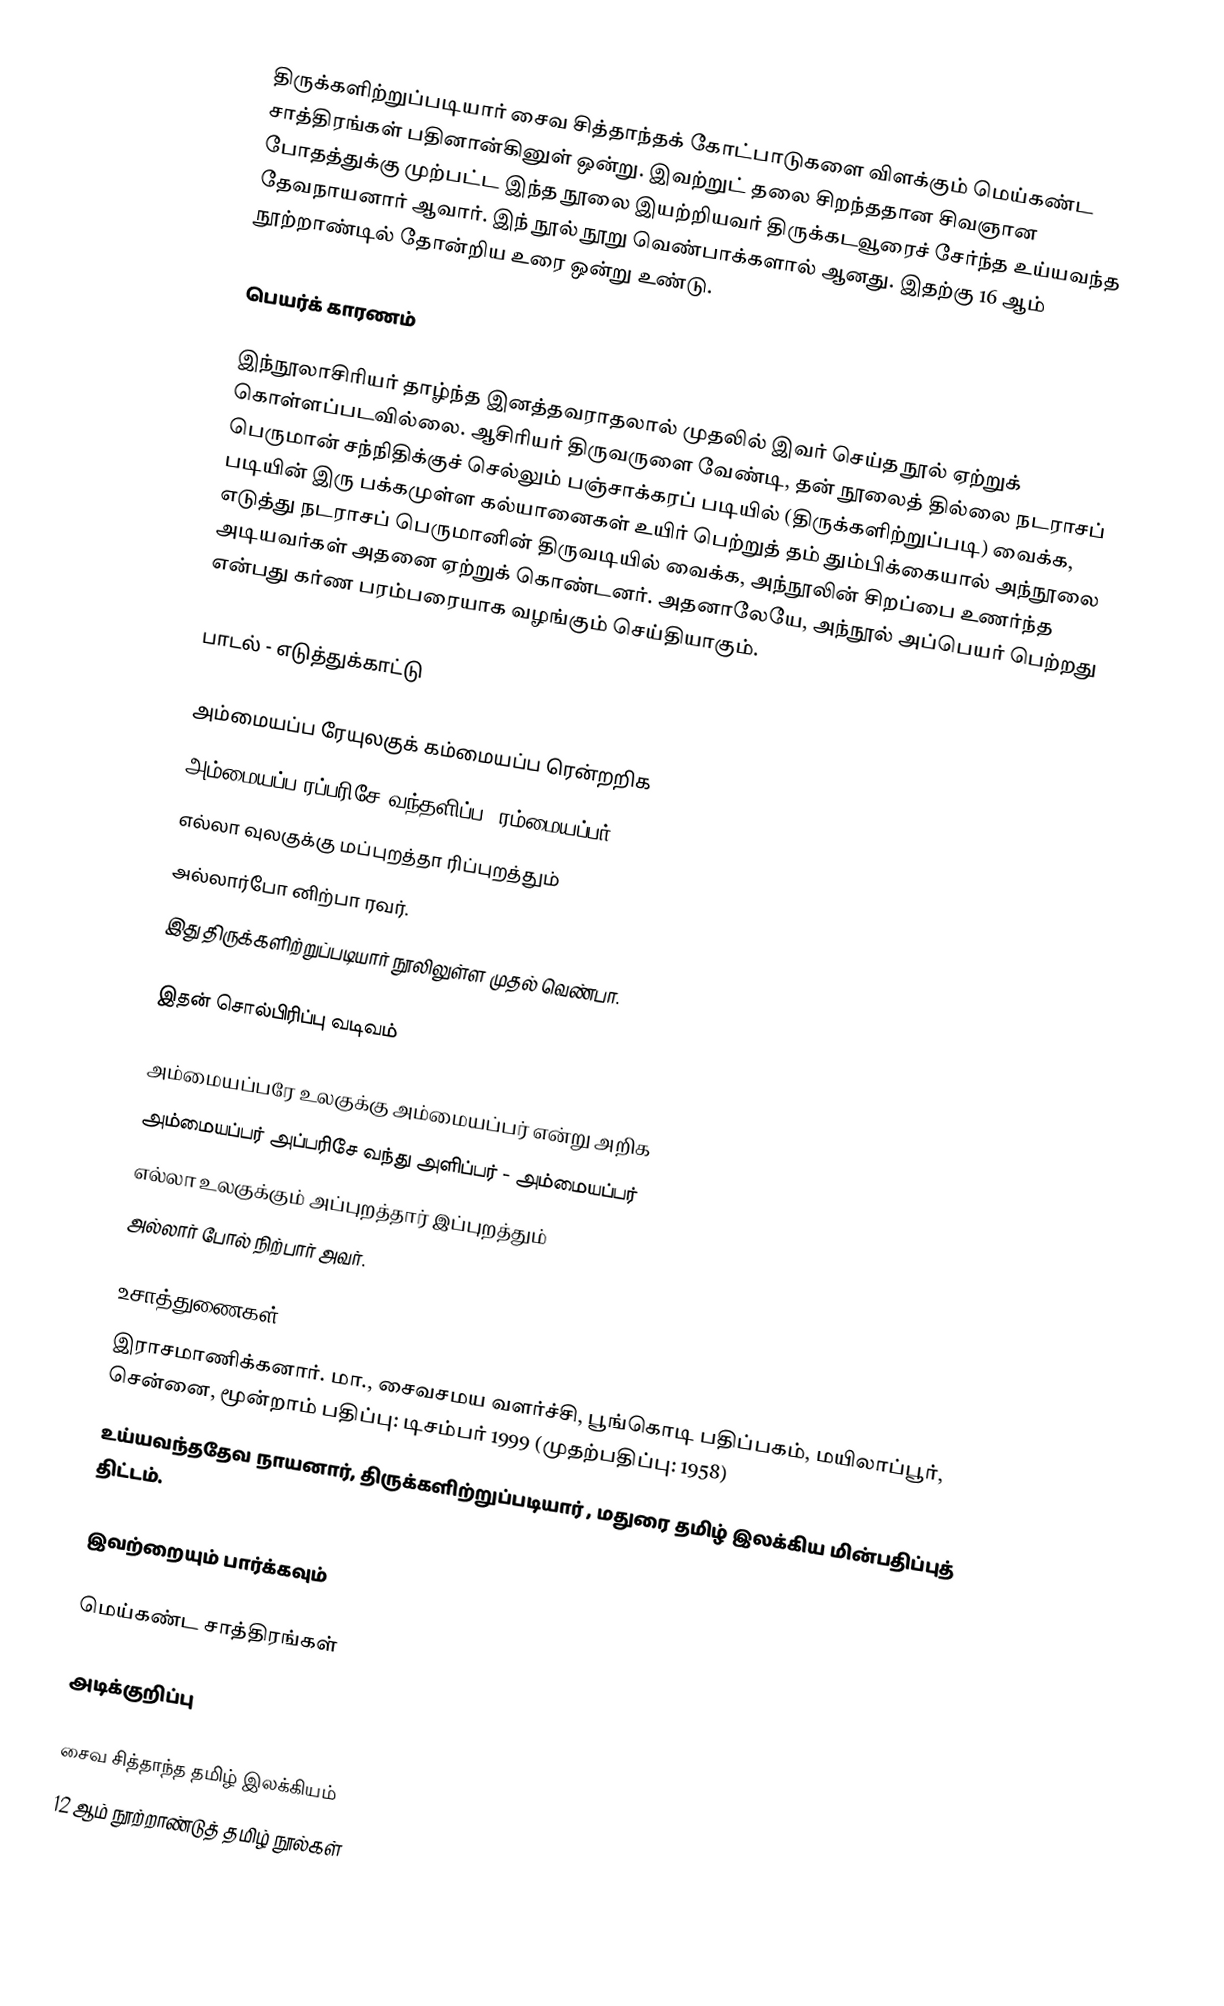
திருக்களிற்றுப்படியார் சைவ சித்தாந்தக் கோட்பாடுகளை விளக்கும் மெய்கண்ட சாத்திரங்கள் பதினான்கினுள் ஒன்று. இவற்றுட் தலை சிறந்ததான சிவஞான போதத்துக்கு முற்பட்ட இந்த நூலை இயற்றியவர் திருக்கடவூரைச் சேர்ந்த உய்யவந்த தேவநாயனார் ஆவார். இந் நூல் நூறு வெண்பாக்களால் ஆனது. இதற்கு 16 ஆம் நூற்றாண்டில் தோன்றிய உரை ஒன்று உண்டு.

பெயர்க் காரணம்

இந்நூலாசிரியர் தாழ்ந்த இனத்தவராதலால் முதலில் இவர் செய்த நூல் ஏற்றுக் கொள்ளப்படவில்லை. ஆசிரியர் திருவருளை வேண்டி, தன் நூலைத் தில்லை நடராசப் பெருமான் சந்நிதிக்குச் செல்லும் பஞ்சாக்கரப் படியில் (திருக்களிற்றுப்படி) வைக்க, படியின் இரு பக்கமுள்ள கல்யானைகள் உயிர் பெற்றுத் தம் தும்பிக்கையால் அந்நூலை எடுத்து நடராசப் பெருமானின் திருவடியில் வைக்க, அந்நூலின் சிறப்பை உணர்ந்த அடியவர்கள் அதனை ஏற்றுக் கொண்டனர். அதனாலேயே, அந்நூல் அப்பெயர் பெற்றது என்பது கர்ண பரம்பரையாக வழங்கும் செய்தியாகும்.

பாடல் - எடுத்துக்காட்டு

அம்மையப்ப ரேயுலகுக் கம்மையப்ப ரென்றறிக
அம்மையப்ப ரப்பரிசே வந்தளிப்ப -ரம்மையப்பர்
எல்லா வுலகுக்கு மப்புறத்தா ரிப்புறத்தும்
அல்லார்போ னிற்பா ரவர்.
இது திருக்களிற்றுப்படியார் நூலிலுள்ள முதல் வெண்பா.

இதன் சொல்பிரிப்பு வடிவம்

அம்மையப்பரே உலகுக்கு அம்மையப்பர் என்று அறிக
அம்மையப்பர் அப்பரிசே வந்து அளிப்பர் - அம்மையப்பர்
எல்லா உலகுக்கும் அப்புறத்தார் இப்புறத்தும்
அல்லார் போல் நிற்பார் அவர்.

உசாத்துணைகள்
 இராசமாணிக்கனார். மா., சைவசமய வளர்ச்சி, பூங்கொடி பதிப்பகம், மயிலாப்பூர், சென்னை, மூன்றாம் பதிப்பு: டிசம்பர் 1999 (முதற்பதிப்பு: 1958)
 உய்யவந்ததேவ நாயனார், திருக்களிற்றுப்படியார் , மதுரை தமிழ் இலக்கிய மின்பதிப்புத் திட்டம்.

இவற்றையும் பார்க்கவும்

 மெய்கண்ட சாத்திரங்கள்

அடிக்குறிப்பு

சைவ சித்தாந்த தமிழ் இலக்கியம்
12 ஆம் நூற்றாண்டுத் தமிழ் நூல்கள்